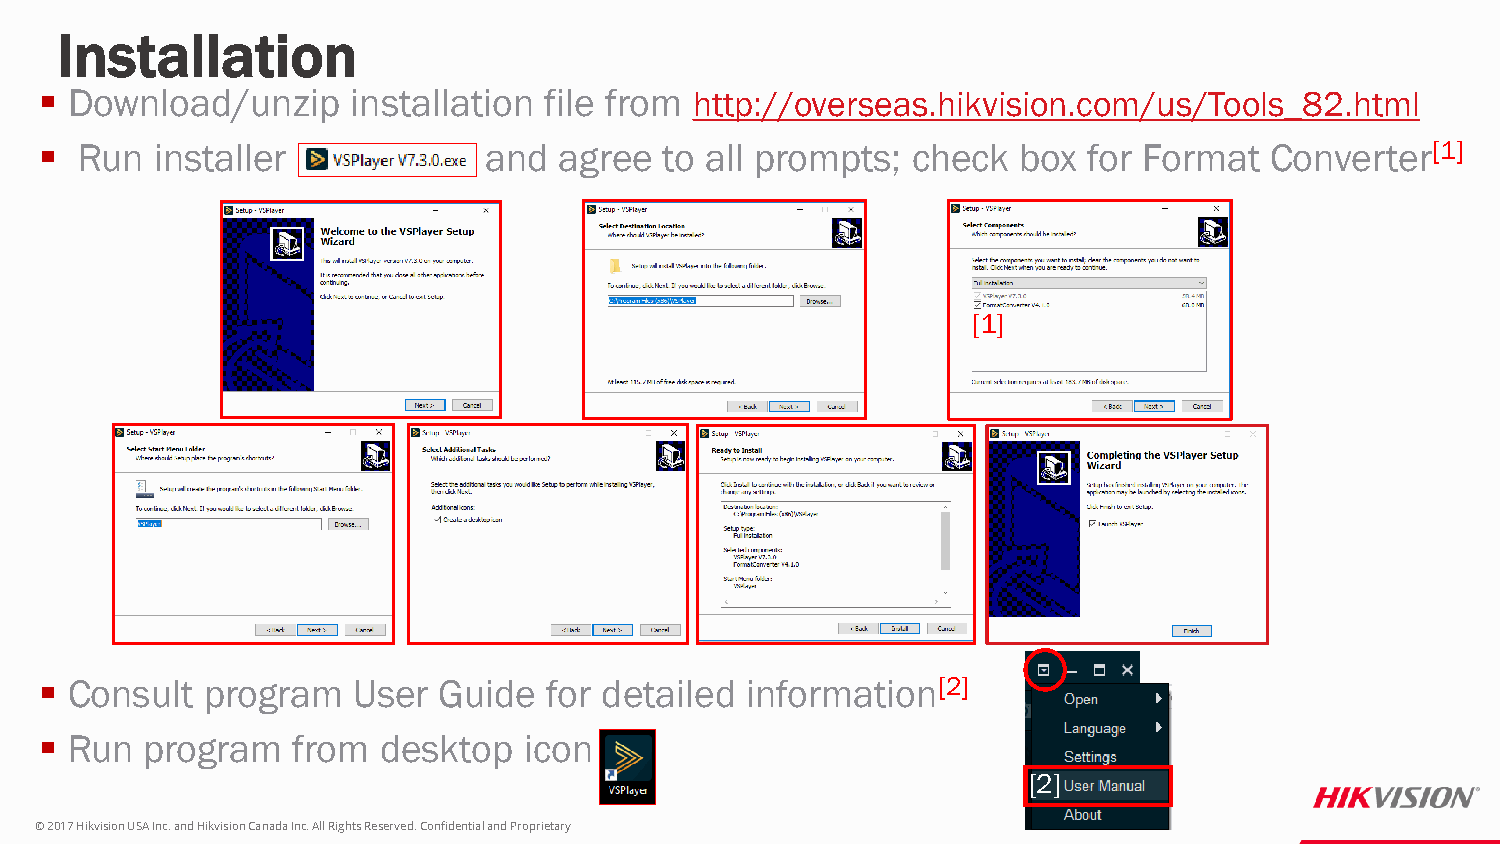
Installation
  Download/unzip    installation file from http://overseas.hikvision.com/us/Tools_82.html
  Run  installer             and  agree  to all prompts; check   box for Format  Converter[1]
 [1]
  Consult program   User  Guide  for detailed information[2]
  Run  program  from  desktop   icon
 [2]
 © 2017 Hikvision USA Inc. and Hikvision Canada Inc. All Rights Reserved. Confidential and Proprietary